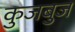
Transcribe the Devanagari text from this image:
कुजबुज